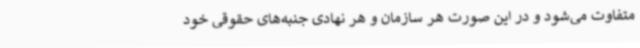
متفاوت می‌شود و در این صورت هر سازمان و هر نهادی جنبه‌های حقوقی خود